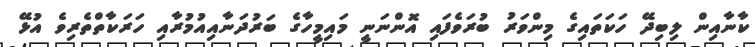
ކާނާއިން ލިބިދޭ ހަކަތައިގެ މިންވަރު ބުރަވެފައި އޮންނަނީ މައިމީހާގެ ބަރުދަނާއިއުމުރާއި ހަރަކާތްތެރިވެ އުޅޭ